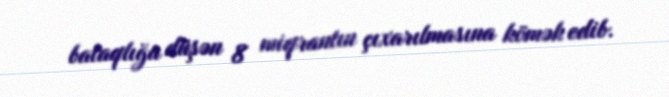
bataqlığa düşən 8 miqrantın çıxarılmasına kömək edib.